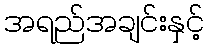
အရည်အချင်းနှင့်